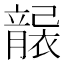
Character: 𥫄